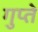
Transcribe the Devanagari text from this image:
गुप्‍ते